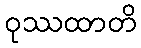
ဝုဿထာတိ